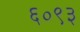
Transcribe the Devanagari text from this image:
६०९३